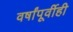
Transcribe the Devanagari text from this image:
वर्षांपूर्वीही